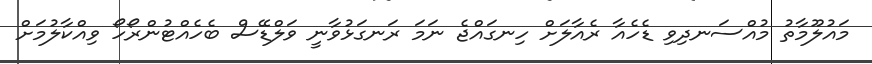
މައުލޫމާތު މުއްސަނދިވި ޑެހެއާ ރެއާލަށް ހިނގައްޖެ ނަމަ ރަނގަޅުވާނީ ވަލްޑޭސް ބެހެއްޓުންރޯހޯ ވިއްކާލުމަށް